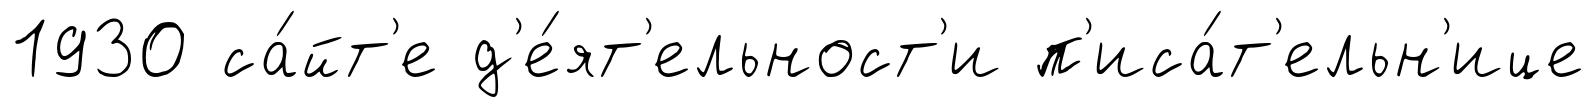
1930 са́йт'е д'е́ят'ельност'и п'иса́т'ельн'ице